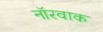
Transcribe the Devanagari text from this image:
नॉरवाक